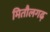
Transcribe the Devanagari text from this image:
मितौलगढ़